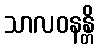
သာလဝနန္တိ